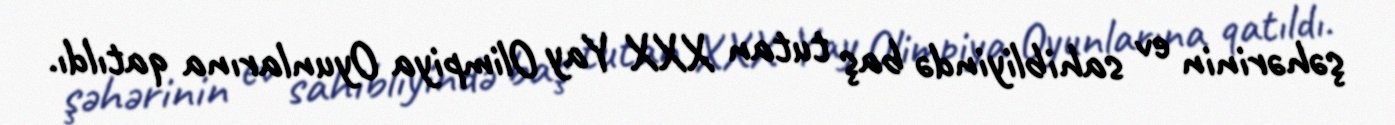
şəhərinin ev sahibliyində baş tutan XXX Yay Olimpiya Oyunlarına qatıldı.